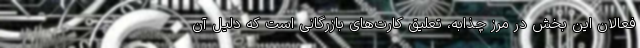
فعالان این بخش در مرز چذابه، تعلیق کارت‌های بازرگانی است که دلیل آن